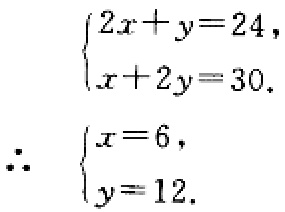
\[\begin{cases}
2x + y = 24,\\
x + 2y = 30.
\end{cases}\]
\[\therefore \begin{cases}
x = 6,\\
y = 12.
\end{cases}\]